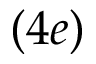
( 4 e )